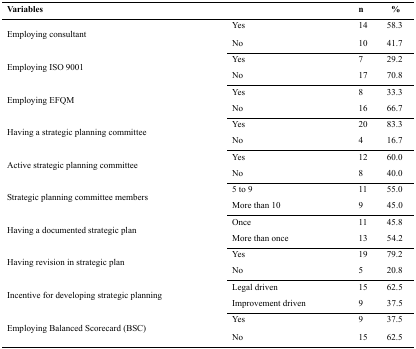
<table><thead><tr><td></td><td><b>Variables</b></td><td><b>n</b></td><td><b>%</b></td></tr></thead><tbody><tr><td rowspan="2">Employing consultant</td><td>Yes</td><td>14</td><td>58.3</td></tr><tr><td>No</td><td>10</td><td>41.7</td></tr><tr><td rowspan="2">Employing ISO 9001</td><td>Yes</td><td>7</td><td>29.2</td></tr><tr><td>No</td><td>17</td><td>70.8</td></tr><tr><td rowspan="2">Employing EFQM</td><td>Yes</td><td>8</td><td>33.3</td></tr><tr><td>No</td><td>16</td><td>66.7</td></tr><tr><td rowspan="2">Having a strategic planning committee</td><td>Yes</td><td>20</td><td>83.3</td></tr><tr><td>No</td><td>4</td><td>16.7</td></tr><tr><td rowspan="2">Active strategic planning committee</td><td>Yes</td><td>12</td><td>60.0</td></tr><tr><td>No</td><td>8</td><td>40.0</td></tr><tr><td rowspan="2">Strategic planning committee members</td><td>5 to 9</td><td>11</td><td>55.0</td></tr><tr><td>More than 10</td><td>9</td><td>45.0</td></tr><tr><td rowspan="2">Having a documented strategic plan</td><td>Once</td><td>11</td><td>45.8</td></tr><tr><td>More than once</td><td>13</td><td>54.2</td></tr><tr><td rowspan="2">Having revision in strategic plan</td><td>Yes</td><td>19</td><td>79.2</td></tr><tr><td>No</td><td>5</td><td>20.8</td></tr><tr><td rowspan="2">Incentive for developing strategic planning</td><td>Legal driven</td><td>15</td><td>62.5</td></tr><tr><td>Improvement driven</td><td>9</td><td>37.5</td></tr><tr><td rowspan="2">Employing Balanced Scorecard (BSC)</td><td>Yes</td><td>9</td><td>37.5</td></tr><tr><td>No</td><td>15</td><td>62.5</td></tr></tbody></table>